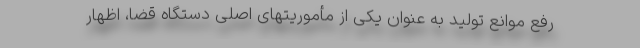
رفع موانع تولید به عنوان یکی از مأموریتهای اصلی دستگاه قضا، اظهار